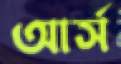
আর্স